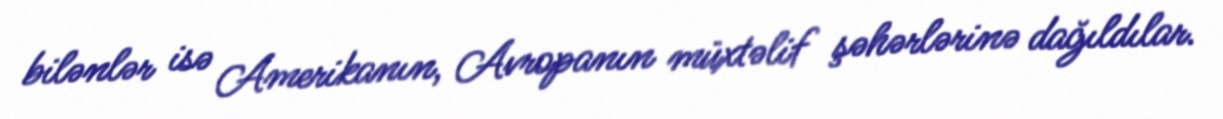
bilənlər isə Amerikanın, Avropanın müxtəlif şəhərlərinə dağıldılar.